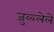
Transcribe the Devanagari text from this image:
जुळ्लेले